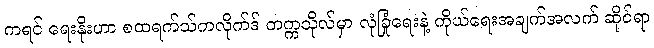
ကရင် ရေးနိုးဟာ စထရက်သ်ကလိုက်ဒ် တက္ကသိုလ်မှာ လုံခြုံရေးနဲ့ ကိုယ်ရေးအချက်အလက် ဆိုင်ရာ